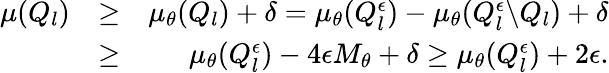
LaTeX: \begin{array}{rlr}{\mu(Q_{l})}&{\geq}&{\mu_{\theta}(Q_{l})+\delta=\mu_{\theta}(Q_{l}^{\epsilon})-\mu_{\theta}(Q_{l}^{\epsilon}\backslash Q_{l})+\delta}\\ &{\geq}&{\mu_{\theta}(Q_{l}^{\epsilon})-4\epsilon M_{\theta}+\delta\geq\mu_{\theta}(Q_{l}^{\epsilon})+2\epsilon.}\end{array}